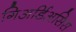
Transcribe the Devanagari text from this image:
गिअर्डिअसिस